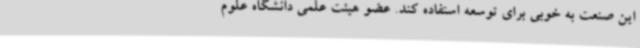
این صنعت به خوبی برای توسعه استفاده کند. عضو هیئت علمی دانشگاه علوم